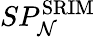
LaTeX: SP_{\mathcal{N}}^{\mathrm{{SRIM}}}